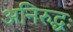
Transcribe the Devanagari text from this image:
अनिरुद्धः